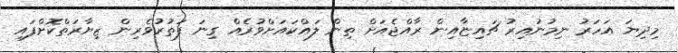
މިދިޔަ އަހަރު ނިމުނުއިރު ޗައިޏާއިން ރާއްޖެއަށް ތިން ލައްކައަށްވުރެއް ގިނަ ފަތުރުވެރިން ޒިޔާރަތްކޮށްފައި